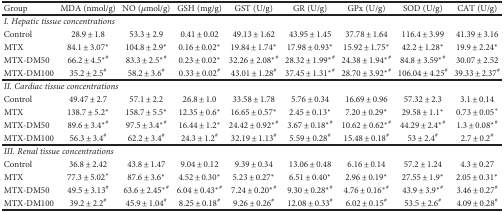
<table><thead><tr><td><b>Group</b></td><td><b>MDA (nmol/g)</b></td><td><b>NO (<i>μ</i>mol/g)</b></td><td><b>GSH (mg/g)</b></td><td><b>GST (U/g)</b></td><td><b>GR (U/g)</b></td><td><b>GPx (U/g)</b></td><td><b>SOD (U/g)</b></td><td><b>CAT (U/g)</b></td></tr></thead><tbody><tr><td colspan="9"><i>I. Hepatic tissue concentrations</i></td></tr><tr><td>Control</td><td>28.9 ± 1.8</td><td>53.3 ± 2.9</td><td>0.41 ± 0.02</td><td>49.13 ± 1.62</td><td>43.95 ± 1.45</td><td>37.78 ± 1.64</td><td>116.4 ± 3.99</td><td>41.39 ± 3.16</td></tr><tr><td>MTX</td><td>84.1 ± 3.07<sup>∗</sup></td><td>104.8 ± 2.9<sup>∗</sup></td><td>0.16 ± 0.02<sup>∗</sup></td><td>19.84 ± 1.74<sup>∗</sup></td><td>17.98 ± 0.93<sup>∗</sup></td><td>15.92 ± 1.75<sup>∗</sup></td><td>42.2 ± 1.28<sup>∗</sup></td><td>19.9 ± 2.24<sup>∗</sup></td></tr><tr><td>MTX-DM50</td><td>66.2 ± 4.5<sup>∗</sup><sup>#</sup></td><td>83.3 ± 2.5<sup>∗</sup><sup>#</sup></td><td>0.23 ± 0.02<sup>∗</sup></td><td>32.26 ± 2.08<sup>∗</sup><sup>#</sup></td><td>28.32 ± 1.99<sup>∗</sup><sup>#</sup></td><td>24.38 ± 1.94<sup>∗</sup><sup>#</sup></td><td>84.8 ± 3.59<sup>∗</sup><sup>#</sup></td><td>30.07 ± 2.52</td></tr><tr><td>MTX-DM100</td><td>35.2 ± 2.5<sup>#</sup></td><td>58.2 ± 3.6<sup>#</sup></td><td>0.33 ± 0.02<sup>#</sup></td><td>43.01 ± 1.28<sup>#</sup></td><td>37.45 ± 1.31<sup>∗</sup><sup>#</sup></td><td>28.70 ± 3.92<sup>∗</sup><sup>#</sup></td><td>106.04 ± 4.25<sup>#</sup></td><td>39.33 ± 2.37<sup>#</sup></td></tr><tr><td colspan="9"><i>II. Cardiac tissue concentrations</i></td></tr><tr><td>Control</td><td>49.47 ± 2.7</td><td>57.1 ± 2.2</td><td>26.8 ± 1.0</td><td>33.58 ± 1.78</td><td>5.76 ± 0.34</td><td>16.69 ± 0.96</td><td>57.32 ± 2.3</td><td>3.1 ± 0.14</td></tr><tr><td>MTX</td><td>138.7 ± 5.2<sup>∗</sup></td><td>158.7 ± 5.5<sup>∗</sup></td><td>12.35 ± 0.6<sup>∗</sup></td><td>16.65 ± 0.57<sup>∗</sup></td><td>2.45 ± 0.13<sup>∗</sup></td><td>7.20 ± 0.29<sup>∗</sup></td><td>29.58 ± 1.1<sup>∗</sup></td><td>0.73 ± 0.05<sup>∗</sup></td></tr><tr><td>MTX-DM50</td><td>89.6 ± 3.4<sup>∗</sup><sup>#</sup></td><td>97.5 ± 3.4<sup>∗</sup><sup>#</sup></td><td>16.44 ± 1.2<sup>∗</sup></td><td>24.42 ± 0.92<sup>∗</sup><sup>#</sup></td><td>3.67 ± 0.18<sup>∗</sup><sup>#</sup></td><td>10.62 ± 0.62<sup>∗</sup><sup>#</sup></td><td>44.29 ± 2.4<sup>∗</sup><sup>#</sup></td><td>1.3 ± 0.08<sup>∗</sup><sup>#</sup></td></tr><tr><td>MTX-DM100</td><td>56.3 ± 3.4<sup>#</sup></td><td>62.2 ± 3.4<sup>#</sup></td><td>24.3 ± 1.2<sup>#</sup></td><td>32.19 ± 1.13<sup>#</sup></td><td>5.59 ± 0.28<sup>#</sup></td><td>15.48 ± 0.18<sup>#</sup></td><td>53 ± 2.4<sup>#</sup></td><td>2.7 ± 0.2<sup>#</sup></td></tr><tr><td colspan="9"><i>III. Renal tissue concentrations</i></td></tr><tr><td>Control</td><td>36.8 ± 2.42</td><td>43.8 ± 1.47</td><td>9.04 ± 0.12</td><td>9.39 ± 0.34</td><td>13.06 ± 0.48</td><td>6.16 ± 0.14</td><td>57.2 ± 1.24</td><td>4.3 ± 0.27</td></tr><tr><td>MTX</td><td>77.3 ± 5.02<sup>∗</sup></td><td>87.6 ± 3.6<sup>∗</sup></td><td>4.52 ± 0.30<sup>∗</sup></td><td>5.23 ± 0.27<sup>∗</sup></td><td>6.51 ± 0.40<sup>∗</sup></td><td>2.96 ± 0.19<sup>∗</sup></td><td>27.55 ± 1.9<sup>∗</sup></td><td>2.05 ± 0.31<sup>∗</sup></td></tr><tr><td>MTX-DM50</td><td>49.5 ± 3.13<sup>#</sup></td><td>63.6 ± 2.45<sup>∗</sup><sup>#</sup></td><td>6.04 ± 0.43<sup>∗</sup><sup>#</sup></td><td>7.24 ± 0.20<sup>∗</sup><sup>#</sup></td><td>9.30 ± 0.28<sup>∗</sup><sup>#</sup></td><td>4.76 ± 0.16<sup>∗</sup><sup>#</sup></td><td>43.9 ± 3.9<sup>∗</sup><sup>#</sup></td><td>3.46 ± 0.27<sup>#</sup></td></tr><tr><td>MTX-DM100</td><td>39.2 ± 2.2<sup>#</sup></td><td>45.9 ± 1.04<sup>#</sup></td><td>8.25 ± 0.18<sup>#</sup></td><td>9.26 ± 0.26<sup>#</sup></td><td>12.08 ± 0.33<sup>#</sup></td><td>6.02 ± 0.15<sup>#</sup></td><td>53.5 ± 2.6<sup>#</sup></td><td>4.09 ± 0.28<sup>#</sup></td></tr></tbody></table>